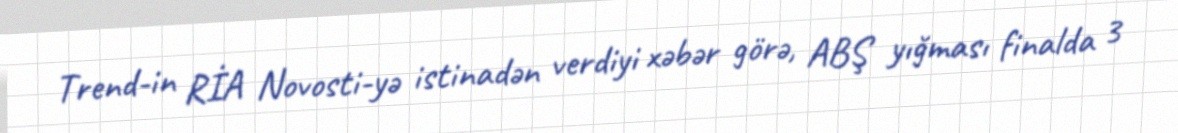
Trend-in RİA Novosti-yə istinadən verdiyi xəbər görə, ABŞ yığması finalda 3